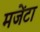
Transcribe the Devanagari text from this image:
मजेंटा